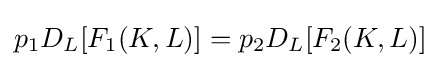
p_{1}D_{L}[F_{1}(K,L)]=p_{2}D_{L}[F_{2}(K,L)]